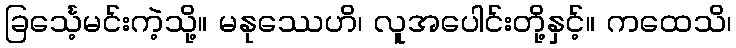
ခြင်္သေ့မင်းကဲ့သို့။ မနုဿေဟိ၊ လူအပေါင်းတို့နှင့်။ ကထေသိ၊